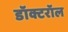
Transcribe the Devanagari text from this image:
डॉक्टरॉल